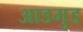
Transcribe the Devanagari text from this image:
आडमुड